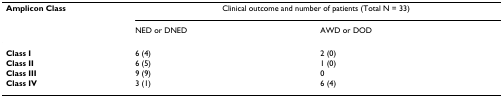
| Amplicon Class | <COLSPAN=2> Clinical outcome and number of patients (Total N = 33) |
 |  | NED or DNED | AWD or DOD |
 | --- | --- | --- |
 | Class I | 6 (4) | 2 (0) |
 | Class II | 6 (5) | 1 (0) |
 | Class III | 9 (9) | 0 |
 | Class IV | 3 (1) | 6 (4) |